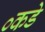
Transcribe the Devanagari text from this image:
०कडे